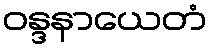
ဝန္ဒနာယေတံ